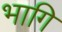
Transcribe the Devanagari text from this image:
भागि